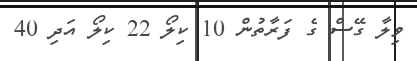
ވިލާ ގޭސް ގެ ފަރާތުން 10 ކިލޯ 22 ކިލޯ އަދި 40